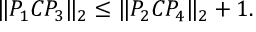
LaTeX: \| P _ { 1 } C P _ { 3 } \| _ { 2 } \le \| P _ { 2 } C P _ { 4 } \| _ { 2 } + 1 .